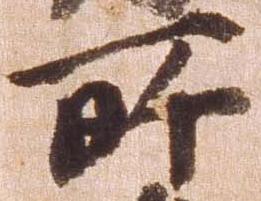
所